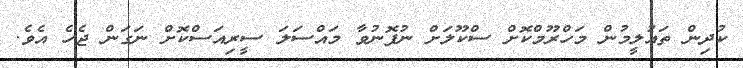
ކުދިން ތައުލީމުން މަހްރޫމްކޮށް ސްކޫލަށް ނުފޮނުވާ މައްސަލަ ސީރިއަސްކޮށް ނަގަން ޖެހެ އެވެ.